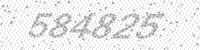
Solution: 584825